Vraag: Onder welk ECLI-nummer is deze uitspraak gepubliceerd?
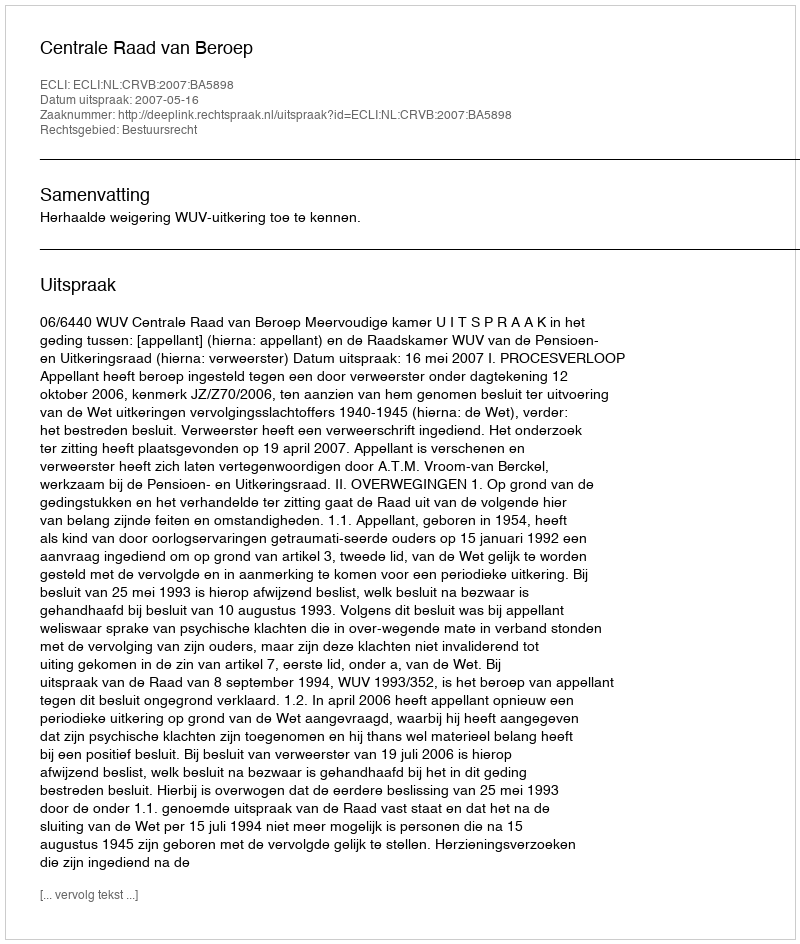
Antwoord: ECLI:NL:CRVB:2007:BA5898